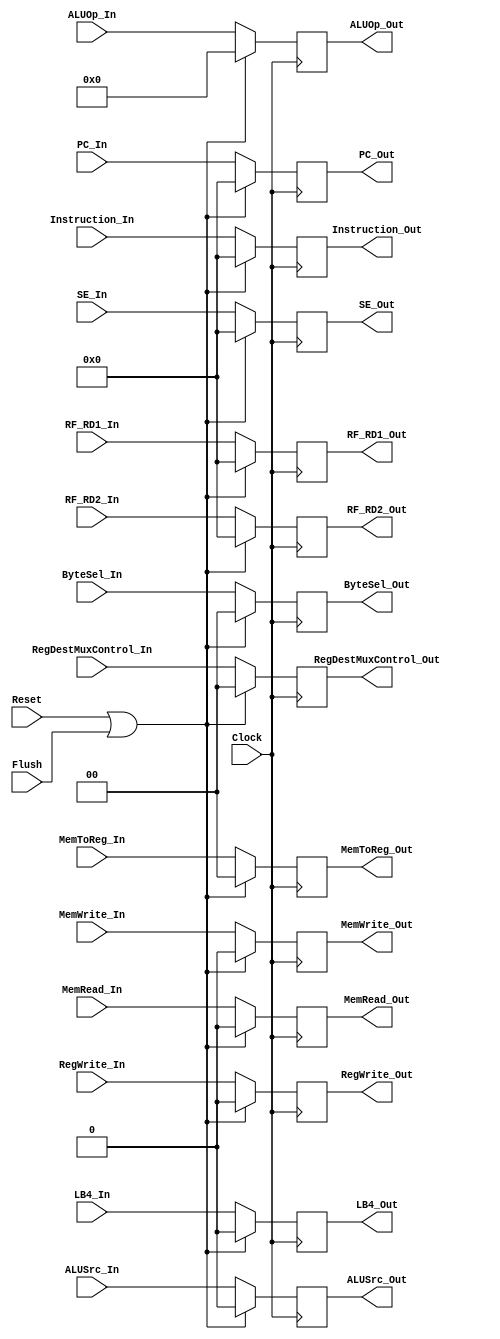
`timescale 1ns / 1ps
//////////////////////////////////////////////////////////////////////////////////
// Company: 
// Engineer: 
// Design Name: 
// Module Name: STAGE_REG_2
// Project Name: 
//////////////////////////////////////////////////////////////////////////////////

module IDEX_Reg(
    Clock, Reset,  Flush,
    // Control Input(s)
    RegWrite_In, ALUSrc_In, MemWrite_In, MemRead_In, MemToReg_In, ByteSel_In, RegDestMuxControl_In, ALUOp_In, LB4_In,
    // Data Inputs
    Instruction_In,  SE_In, RF_RD1_In, RF_RD2_In, PC_In, 
    // Control Output(s)
    RegWrite_Out, ALUSrc_Out, MemWrite_Out, MemRead_Out, MemToReg_Out, ByteSel_Out, RegDestMuxControl_Out, ALUOp_Out, LB4_Out,
    // Outputs
    Instruction_Out, SE_Out, RF_RD1_Out, RF_RD2_Out, PC_Out);

    input Clock, Reset, Flush;
    
    //-----------STAGE REG INTPUTS-------------------- 
    input RegWrite_In, ALUSrc_In, MemWrite_In, MemRead_In, LB4_In;
    input [1:0] ByteSel_In, RegDestMuxControl_In, MemToReg_In;
    input [4:0] ALUOp_In;
    input [31:0] Instruction_In, SE_In, RF_RD1_In, RF_RD2_In, PC_In;
    
    //-----------STAGE REG OUTPUTS--------------------
    output reg RegWrite_Out, ALUSrc_Out, MemWrite_Out, MemRead_Out, LB4_Out;
    output reg [1:0] ByteSel_Out, RegDestMuxControl_Out, MemToReg_Out;
    output reg [4:0] ALUOp_Out;
    output reg [31:0] Instruction_Out, SE_Out, PC_Out, RF_RD1_Out, RF_RD2_Out;
    
    reg WriteEnable;
    
    initial begin
        ALUSrc_Out <= 0;
        ByteSel_Out <= 2'b0;
        Instruction_Out <= 32'b0;
        MemToReg_Out <= 2'b0;
        MemRead_Out <= 0;
        MemWrite_Out <= 0;
        RegDestMuxControl_Out <= 2'b0;
        RegWrite_Out <= 0;
        RF_RD1_Out <= 32'b0;
        RF_RD2_Out <= 32'b0;
        PC_Out <= 32'b0;
        SE_Out <= 32'b0;
        ALUOp_Out <= 5'b0;
        LB4_Out <= 0;
    end
    
    always @(posedge Clock) begin
        if(Reset || Flush) begin
            RegWrite_Out            <= 0; 
            ALUSrc_Out              <= 0;
            MemWrite_Out            <= 0; 
            MemRead_Out             <= 0; 
            MemToReg_Out            <= 0; 
            ByteSel_Out             <= 0; 
            RegDestMuxControl_Out   <= 0; 
            ALUOp_Out               <= 0;
            PC_Out                  <= 0;
            RF_RD1_Out              <= 0;
            RF_RD2_Out              <= 0;
            SE_Out                  <= 0;
            Instruction_Out         <= 0;
            LB4_Out                 <= 0;
        end else begin
                RegWrite_Out            <= RegWrite_In; 
                ALUSrc_Out              <= ALUSrc_In;
                MemWrite_Out            <= MemWrite_In; 
                MemRead_Out             <= MemRead_In; 
                MemToReg_Out            <= MemToReg_In; 
                ByteSel_Out             <= ByteSel_In; 
                RegDestMuxControl_Out   <= RegDestMuxControl_In; 
                ALUOp_Out               <= ALUOp_In;
                PC_Out                  <= PC_In;
                RF_RD1_Out              <= RF_RD1_In;
                RF_RD2_Out              <= RF_RD2_In;
                SE_Out                  <= SE_In;
                Instruction_Out         <= Instruction_In;
                LB4_Out                 <= LB4_In;
        end
    end       
endmodule